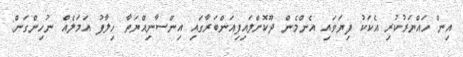
އިން ހައްޔަރުކުރި އެކަކު ފިޔަވައި އެންމެން ދޫކޮށްލައިފިއަންބަރާގައި އިންސާނިއްޔަތާ ހިލާފު އަމަލެއް ނުހިންގަން: